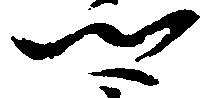
郷